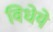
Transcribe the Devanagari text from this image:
विधेये